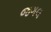
જગલ